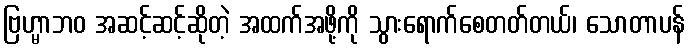
ဗြဟ္မာဘဝ အဆင့်ဆင့်ဆိုတဲ့ အထက်အဖို့ကို သွားရောက်စေတတ်တယ်၊ သောတာပန်